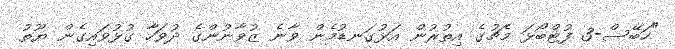
"ހަބޭސް-3 ފުޓްބޯޅަ މެޗުގެ އިތުރުން އަޅުގަނޑުމެން ވާނެ ޒުވާނުންގެ ދުވަހާ ގުޅުވައިގެން ޔޫތު